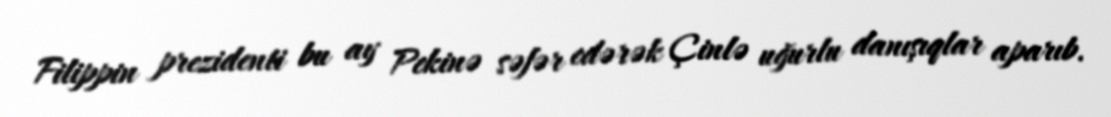
Filippin prezidenti bu ay Pekinə səfər edərək Çinlə uğurlu danışıqlar aparıb.